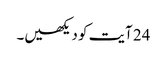
24 آیت کو دیکھیں۔